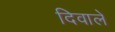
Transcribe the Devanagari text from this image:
दिवाले